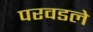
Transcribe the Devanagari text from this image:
परवडले